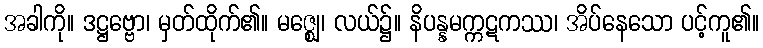
အခါကို။ ဒဋ္ဌဗ္ဗော၊ မှတ်ထိုက်၏။ မဇ္ဈေ၊ လယ်၌။ နိပန္နမက္ကဋကဿ၊ အိပ်နေသော ပင့်ကူ၏။